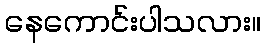
နေကောင်းပါသလား။